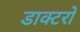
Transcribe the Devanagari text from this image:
डाक्टरो